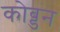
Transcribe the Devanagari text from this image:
कोब्डन